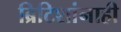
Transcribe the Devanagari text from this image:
ब्रिटिशांनाही